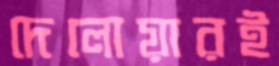
দেলোয়ারই